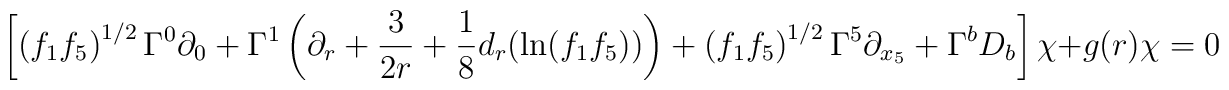
\left[ \left(f_1f_5\right)^{1/2}\Gamma^0\partial_0 + \Gamma^1\left(\partial_r +\frac{3}{2r} + \frac{1}{8}d_r (\ln (f_1f_5))\right) +\left(f_1f_5\right)^{1/2}\Gamma^{5}\partial_{x_5} + \Gamma^{b}D_b\right]\chi + g(r)\chi=0